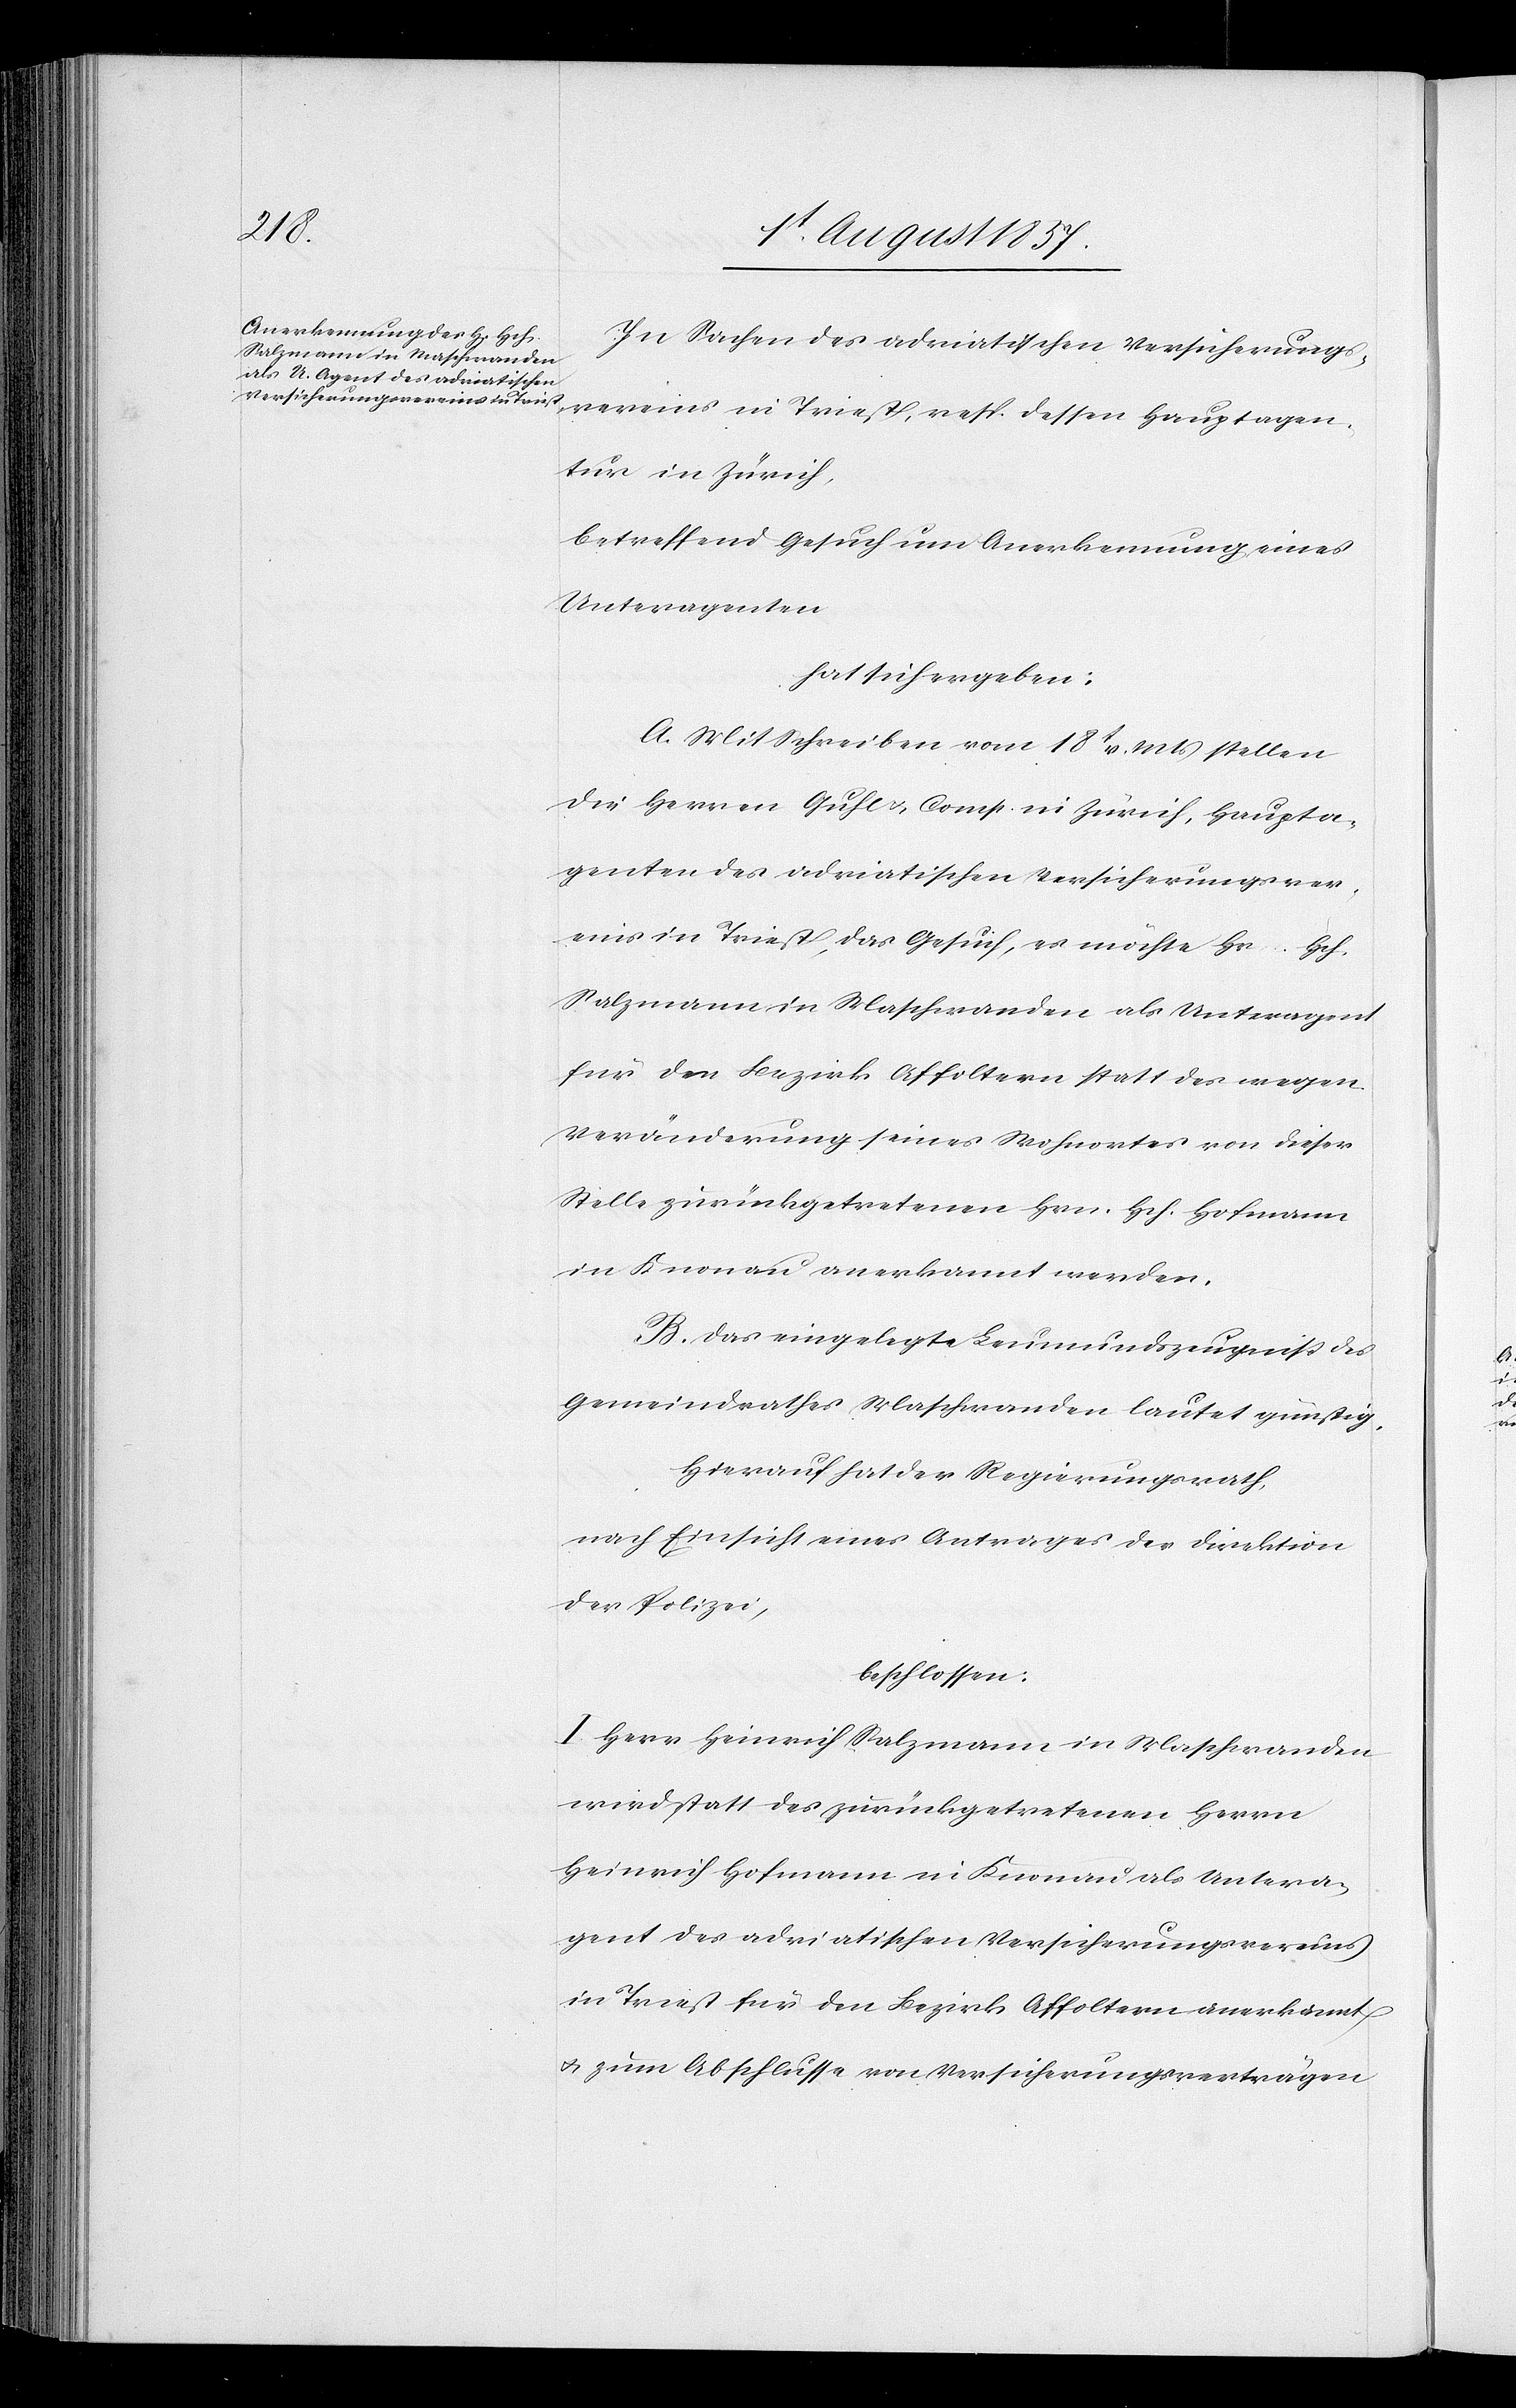
In Sachen des adriatischen Versicherungs¬
vereines in Triest, resp. dessen Hauptagen¬
tur in Zürich,
betreffend Gesuch um Anerkennung eines
Unteragenten
hat sich ergeben:
A. Mit Schreiben vom 18t. v. Mts. stellen
die Herren Guhl & Comp. in Zürich, Haupta¬
genten des adriatischen Versicherungsver¬
eins in Triest, das Gesuch, es möchte Hr. Hch.
Salzmann in Maschwanden als Unteragent
für den Bezirk Affoltern statt des wegen
Veränderung seines Wohnortes von dieser
Stelle zurückgetretenen Hrn. Hch. Hofmann
in Knonau anerkannt werden.
B. Das eingelegte Leumundzeugniß des
Gemeindrathes Maschwanden lautet günstig.
Hierauf hat der Regierungsrath,
nach Einsicht eines Antrages der Direktion
der Polizei,
beschlossen:
I. Herr Heinrich Salzmann in Maschwanden
wird statt des zurückgetretenen Herrn
Heinrich Hofmann in Knonau als Untera¬
gent des adriatischen Versicherungsvereins
in Triest für den Bezirk Affoltern anerkannt
& zum Abschlusse von Versicherungsverträgen